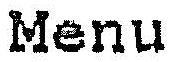
MENU